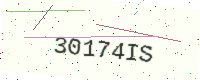
Text: 30174IS